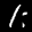
Label: 1